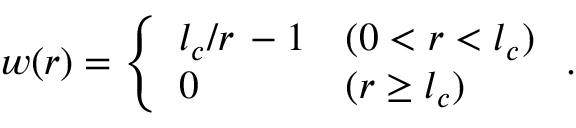
w ( r ) = \left\{ \begin{array} { l l } { l _ { c } / r \, - 1 } & { ( 0 < r < l _ { c } ) } \\ { 0 } & { ( r \geq l _ { c } ) } \end{array} \right. .